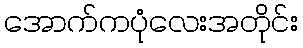
အောက်ကပုံလေးအတိုင်း